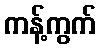
ကန့်ကွက်